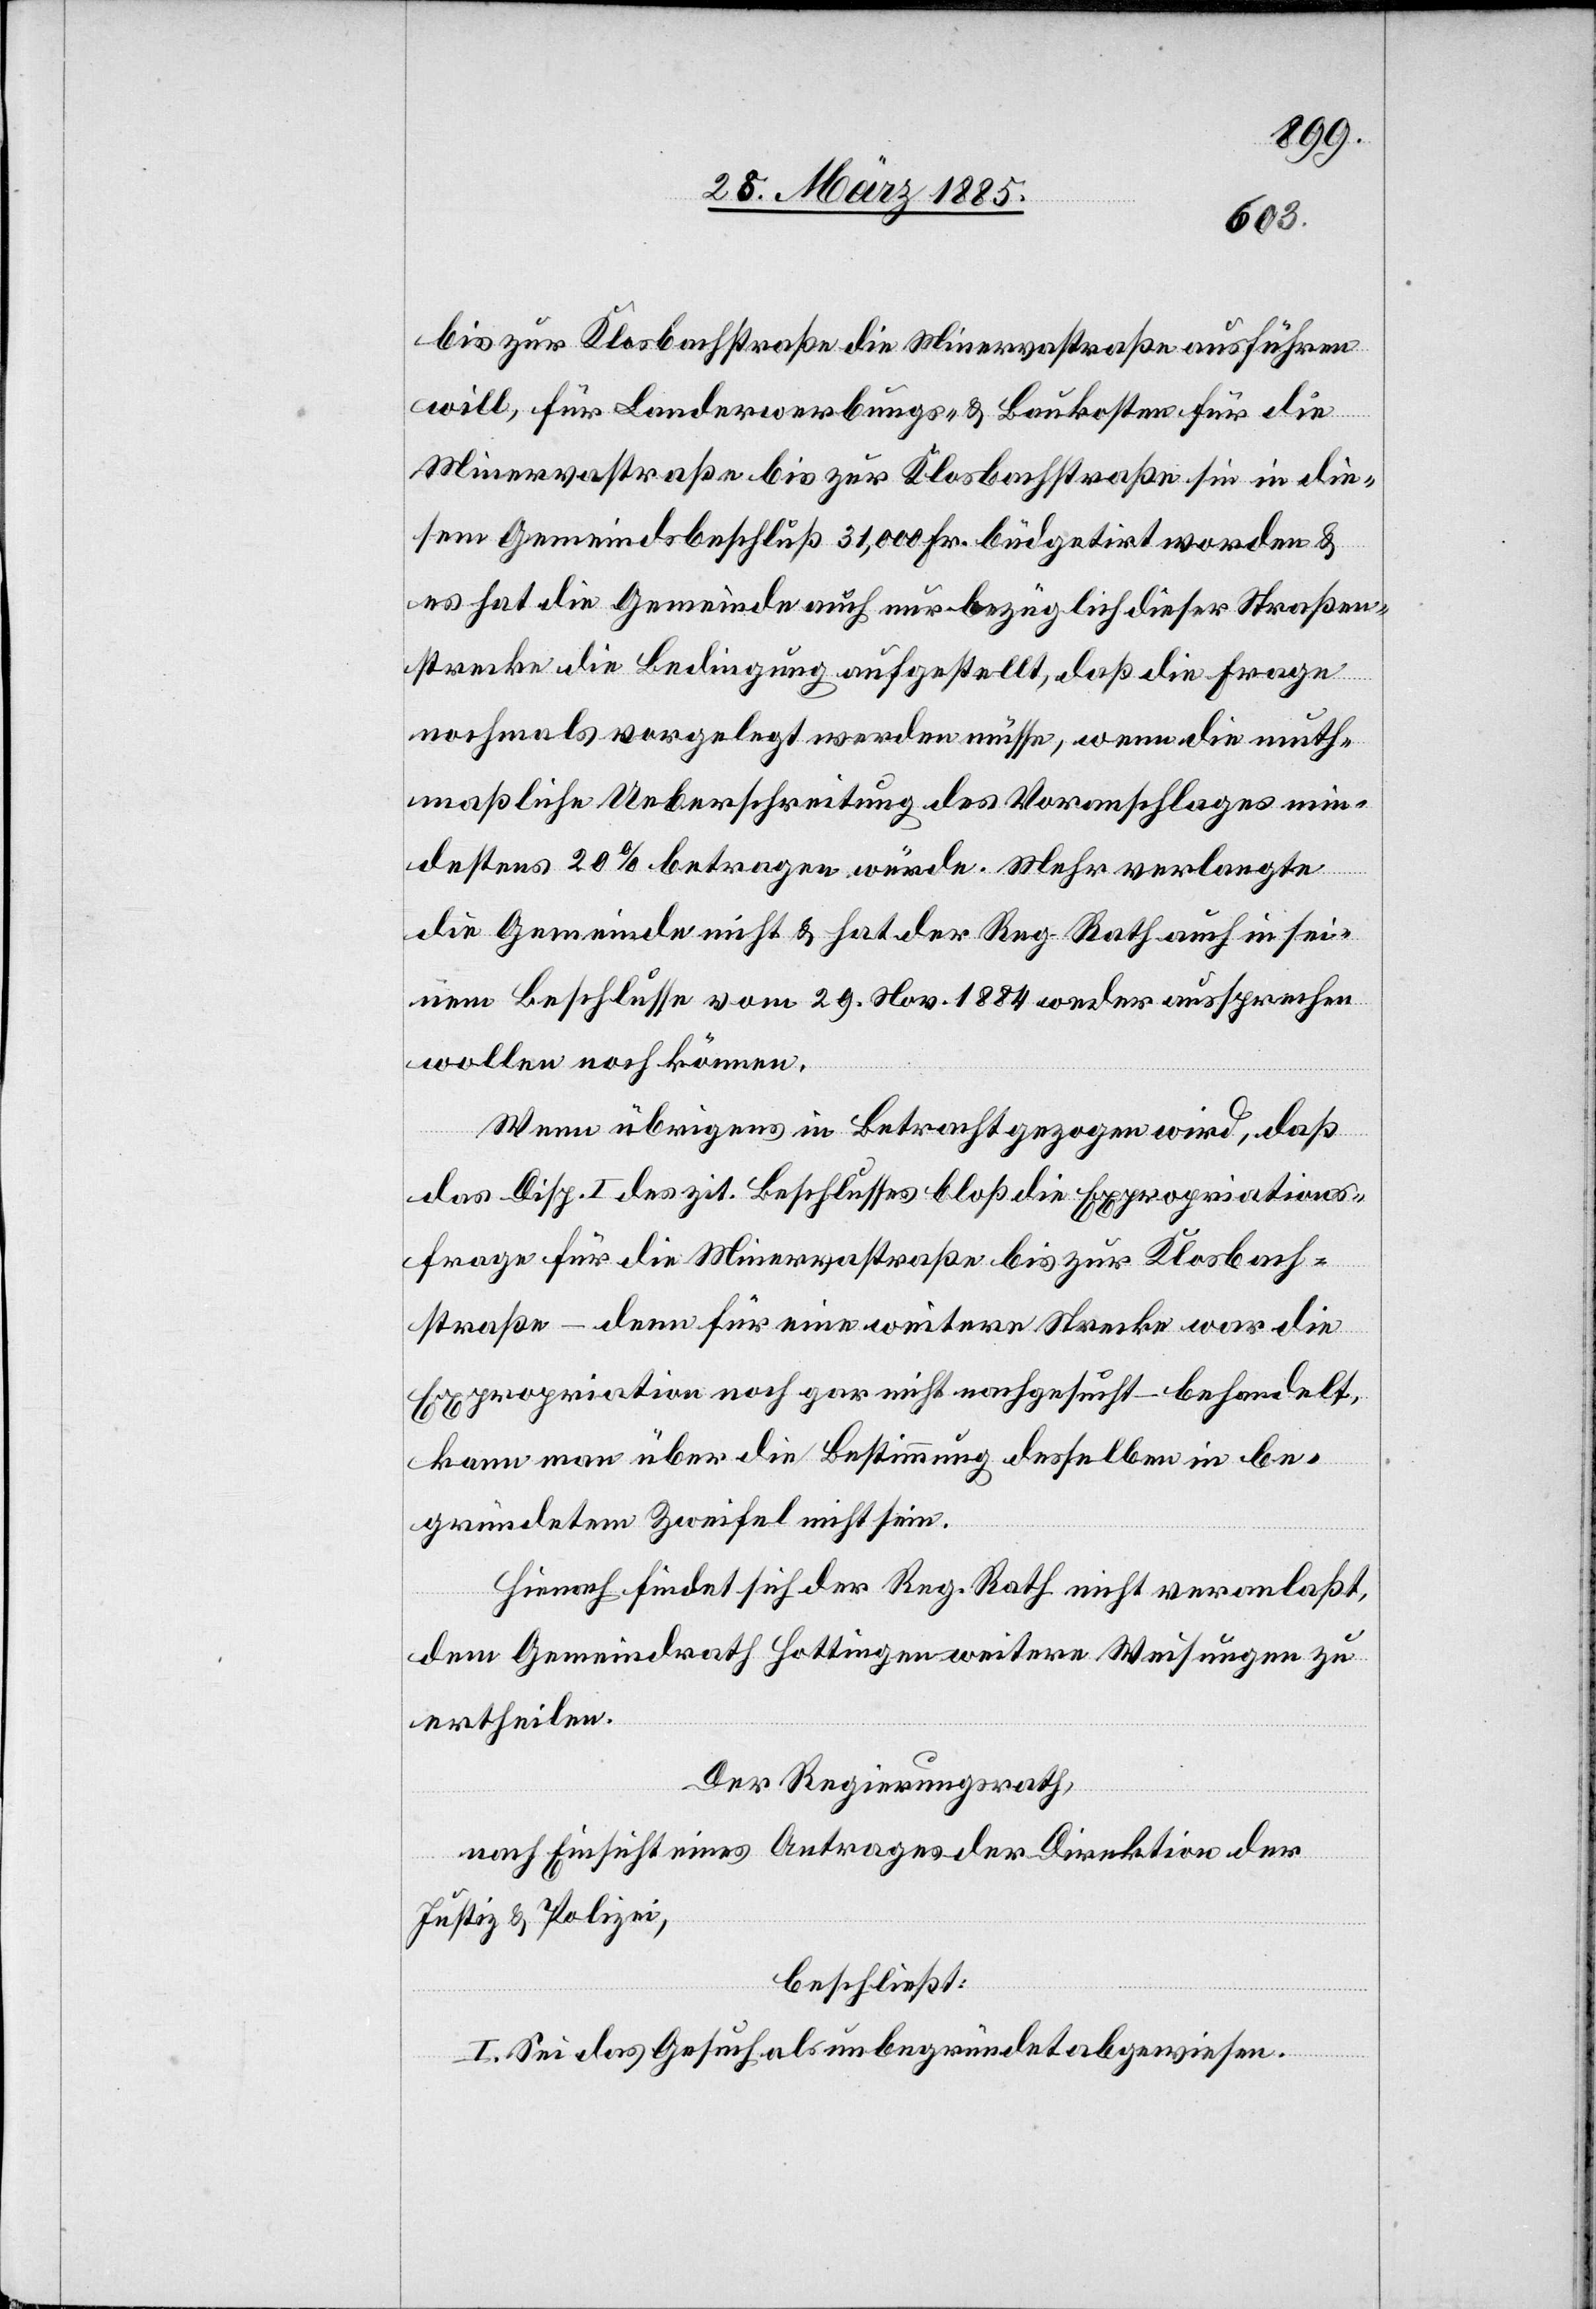
bis zur Klosbachstraße die Minervastraße ausführen
will, für Landerwerbungs- & Baukosten für die
Minervastraße bis zur Klosbachstraße sei in die¬
sem Gemeindsbeschluß 31,000 Fr. büdgetirt worden &
es hat die Gemeinde auch nur bezüglich dieser Straßen¬
strecke die Bedingung aufgestellt, daß die Frage
nochmals vorgelegt werden müsse, wenn die muth¬
maßlichen Ueberschreitung des Voranschlages min¬
destens 20% betragen würde. Mehr verlangte
die Gemeinde nicht & hat der Reg. Rath auch in sei¬
nem Beschlusse vom 29. Nov. 1884 weder aussprechen
wollen noch können.
Wenn übrigens in Betracht gezogen wird, daß
das Disp. I des zit. Beschlusses bloß die Expropriations¬
frage für die Minervastraße bis zur Klosbach¬
straße – denn für eine weitere Strecke war die
Expropriation noch gar nicht nachgesucht – behandelt,
kann man über die Bestimmung desselben in be¬
gründetem Zweifel nicht sein.
Hienach findet sich der Reg. Rath nicht veranlaßt,
dem Gemeindrath Hottingen weitere Weisungen zu
ertheilen.
Der Regierungsrath,
nach Einsicht eines Antrages der Direktion der
Justiz & Polizei,
beschließt:
I. Sei das Gesuch als unbegründet abgewiesen.